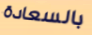
بالسعادة